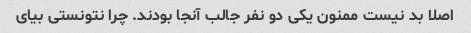
اصلا بد نیست ممنون یکی دو نفر جالب آنجا بودند. چرا نتونستی بیای